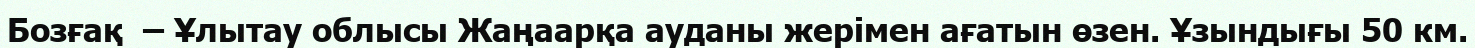
Бозғақ  – Ұлытау облысы Жаңаарқа ауданы жерімен ағатын өзен. Ұзындығы 50 км.